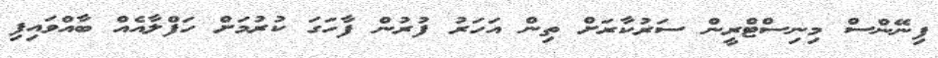
ފިނޭންސް މިނިސްޓްރީން ސަރުކާރަށް ތިން އަހަރު ފުރުން ފާހަގަ ކުރުމަށް ހަފްލާއެއް ބާއްވައިފި